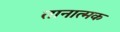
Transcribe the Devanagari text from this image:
तानात्मक